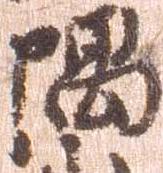
隅